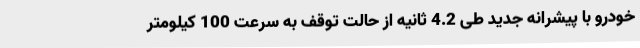
خودرو با پیشرانه جدید طی 4.2 ثانیه از حالت توقف به سرعت 100 کیلومتر